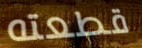
قطعته